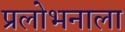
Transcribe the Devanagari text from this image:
प्रलोभनाला